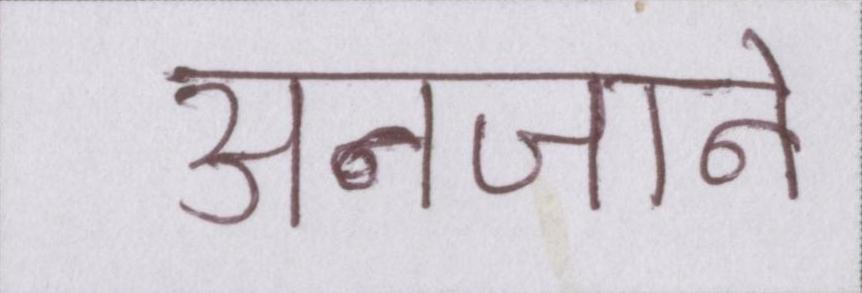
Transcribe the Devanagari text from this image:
अनजाने